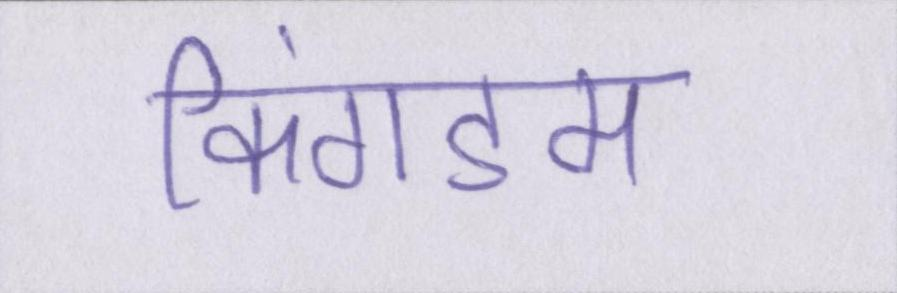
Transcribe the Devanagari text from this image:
किंगडम